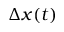
\Delta x ( t )